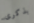
بذكرى